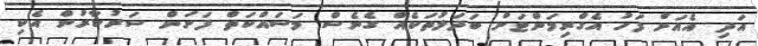
އަދި އެއަށް ފަހު އެގްރިމަންޓަށް ބަދަލުތަކެއް ގެނެސް މަސައްކަތް ފަށަން ސަރުކާރުން އެކި